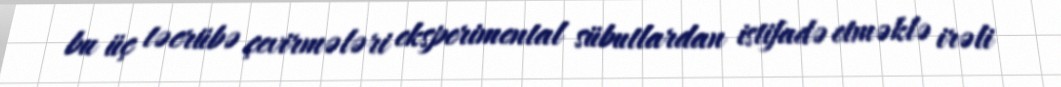
bu üç təcrübə çevirmələri eksperimental sübutlardan istifadə etməklə irəli